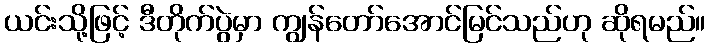
ယင်းသို့ဖြင့် ဒီတိုက်ပွဲမှာ ကျွန်တော်အောင်မြင်သည်ဟု ဆိုရမည်။